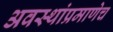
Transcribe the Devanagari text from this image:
अवस्थांप्रमाणेच